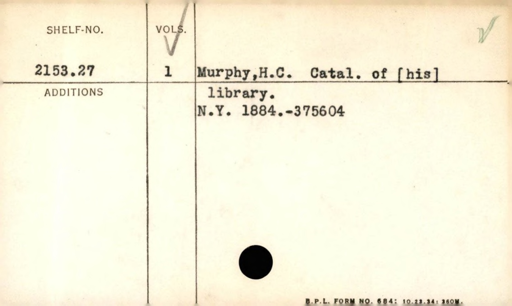
Label: content